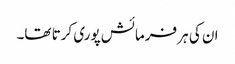
ان کی ہر فرمائش پوری کرتا تھا۔